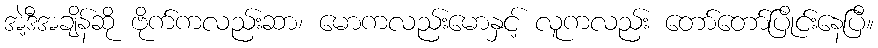
အဲ့ဒီအချိန်ဆို ဗိုက်ကလည်းဆာ၊ မောကလည်းမောနှင့် လူကလည်း တော်တော်ပြိုင်းနေပြီ။